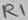
Text: R1